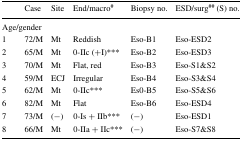
<table><thead><tr><td>[EMPTY_CELL]</td><td><b>Case</b></td><td><b>Site</b></td><td><b>End/macro<sup>#</sup></b></td><td><b>Biopsy no.</b></td><td><b>ESD/surg<sup>##</sup> (S) no.</b></td></tr></thead><tbody><tr><td colspan="6">Age/gender</td></tr><tr><td>1</td><td>72/M</td><td>Mt</td><td>Reddish</td><td>Eso-B1</td><td>Eso-ESD2</td></tr><tr><td>2</td><td>65/M</td><td>Mt</td><td>0-IIc (+I)***</td><td>Eso-B2</td><td>Eso-ESD3</td></tr><tr><td>3</td><td>70/M</td><td>Mt</td><td>Flat, red</td><td>Eso-B3</td><td>Eso-S1&amp;S2</td></tr><tr><td>4</td><td>59/M</td><td>ECJ</td><td>Irregular</td><td>Eso-B4</td><td>Eso-S3&amp;S4</td></tr><tr><td>5</td><td>62/M</td><td>Mt</td><td>0-IIc***</td><td>Es0-B5</td><td>Eso-S5&amp;S6</td></tr><tr><td>6</td><td>82/M</td><td>Mt</td><td>Flat</td><td>Eso-B6</td><td>Eso-ESD4</td></tr><tr><td>7</td><td>73/M</td><td>(−)</td><td>0-Is + IIb***</td><td>(−)</td><td>Eso-ESD1</td></tr><tr><td>8</td><td>66/M</td><td>Mt</td><td>0-IIa + IIc***</td><td>(−)</td><td>Eso-S7&amp;S8</td></tr></tbody></table>